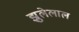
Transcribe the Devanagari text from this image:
झुलेलाल